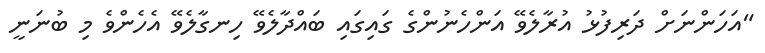
"އަހަންނަށް ދަރިފުޅު އުރާލެވޭ އަންހެނުންގެ ގައިގައި ބައްދާލެވޭ ހިނގާލެވޭ އެހެންވެ މި ބުނަނީ